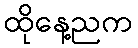
ထိုနေ့ညက